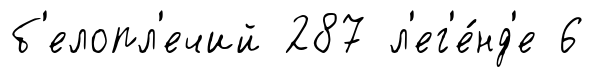
б'елопл'ечий 287 л'ег'е́нд'е 6